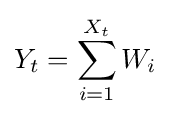
Y_{t}=\sum _{i=1}^{X_{t}}W_{i}